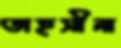
তাহসীনা